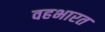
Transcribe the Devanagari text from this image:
वहभारत